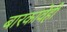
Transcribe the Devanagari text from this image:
बारकावेही